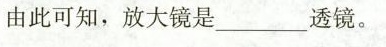
由此可知，放大镜是___透镜。